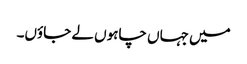
میں جہاں چاہوں لے جاؤں۔